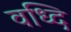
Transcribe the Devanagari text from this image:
वध्दि